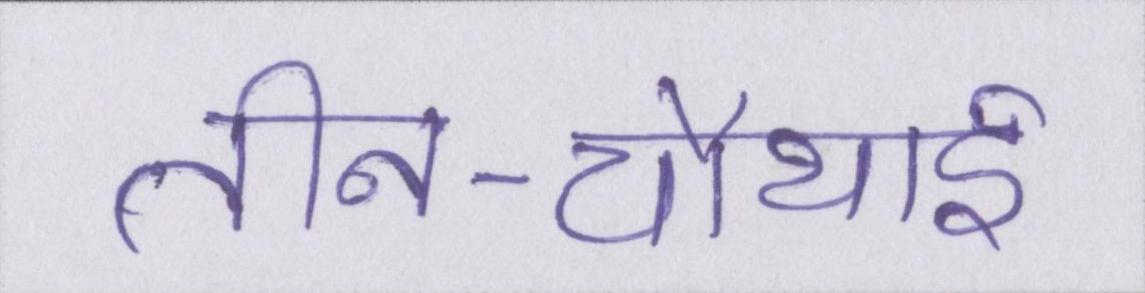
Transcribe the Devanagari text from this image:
तीन-चौथाई